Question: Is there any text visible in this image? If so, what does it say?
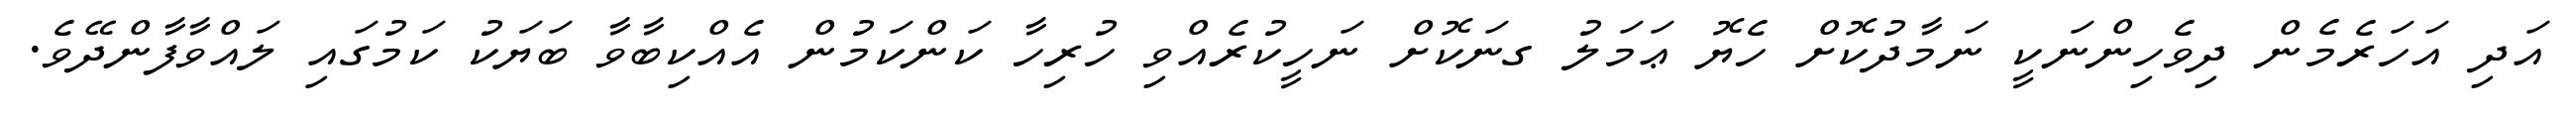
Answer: އަދި އަހަރެމެން ދިވެހިންނަކީ ނަމާދުކޮށް ހެޔޮ ޢަމަލު ގނަކޮށް ނަހީކުރެއްވި ހުރިހާ ކަންކަމުން އެއްކިބާވާ ބަޔަކު ކަމުގައި ލައްވާފާންދޭވެ.